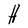
Character: H